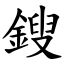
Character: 鎪